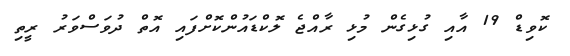
ކޮވިޑް 19 އާއި ގުޅިގެން މުޅި ރާއްޖެ ލޮކްޑައުންކޮށްފައި އޮތް ދުވަސްވަރު ރީތި